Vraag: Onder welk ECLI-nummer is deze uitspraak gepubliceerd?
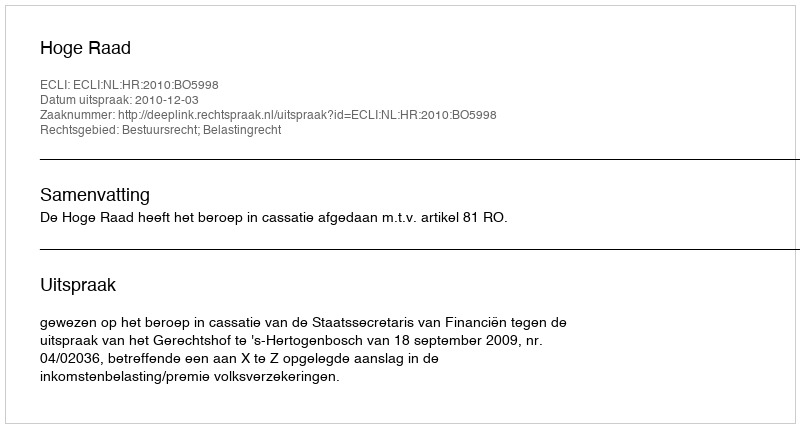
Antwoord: ECLI:NL:HR:2010:BO5998